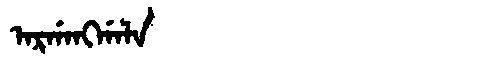
Manchu: ᠠᡵᡤᠠᠩᡤᠠᠯᠠ
Romanization: ARGANGGALA